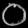
Digit: ၀